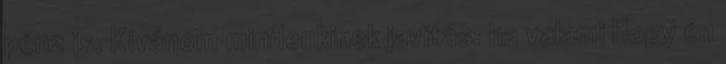
pénz is. Kívánom mindenkinek javítás: ha valami Hogy én